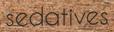
sedatives